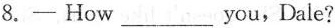
8.- How ___ you, Dale?